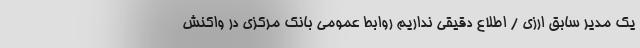
یک مدیر سابق ارزی / اطلاع دقیقی نداریم روابط عمومی بانک مرکزی در واکنش